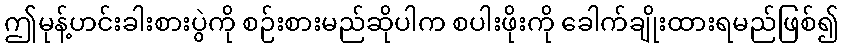
ဤမုန့်ဟင်းခါးစားပွဲကို စဉ်းစားမည်ဆိုပါက စပါးဖိုးကို ခေါက်ချိုးထားရမည်ဖြစ်၍